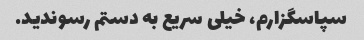
سپاسگزارم، خیلی سریع به دستم رسوندید.